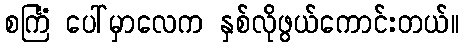
စင်္ကြံ ပေါ်မှာလေက နှစ်လိုဖွယ်ကောင်းတယ်။